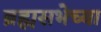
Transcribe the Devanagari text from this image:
ब्रह्मसभेच्या